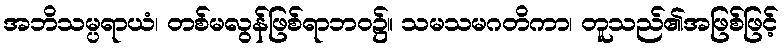
အဘိသမ္ပရာယံ၊ တစ်မလွန်ဖြစ်ရာဘဝ၌။ သမသမဂတိကာ၊ တူသည်၏အဖြစ်ဖြင့်